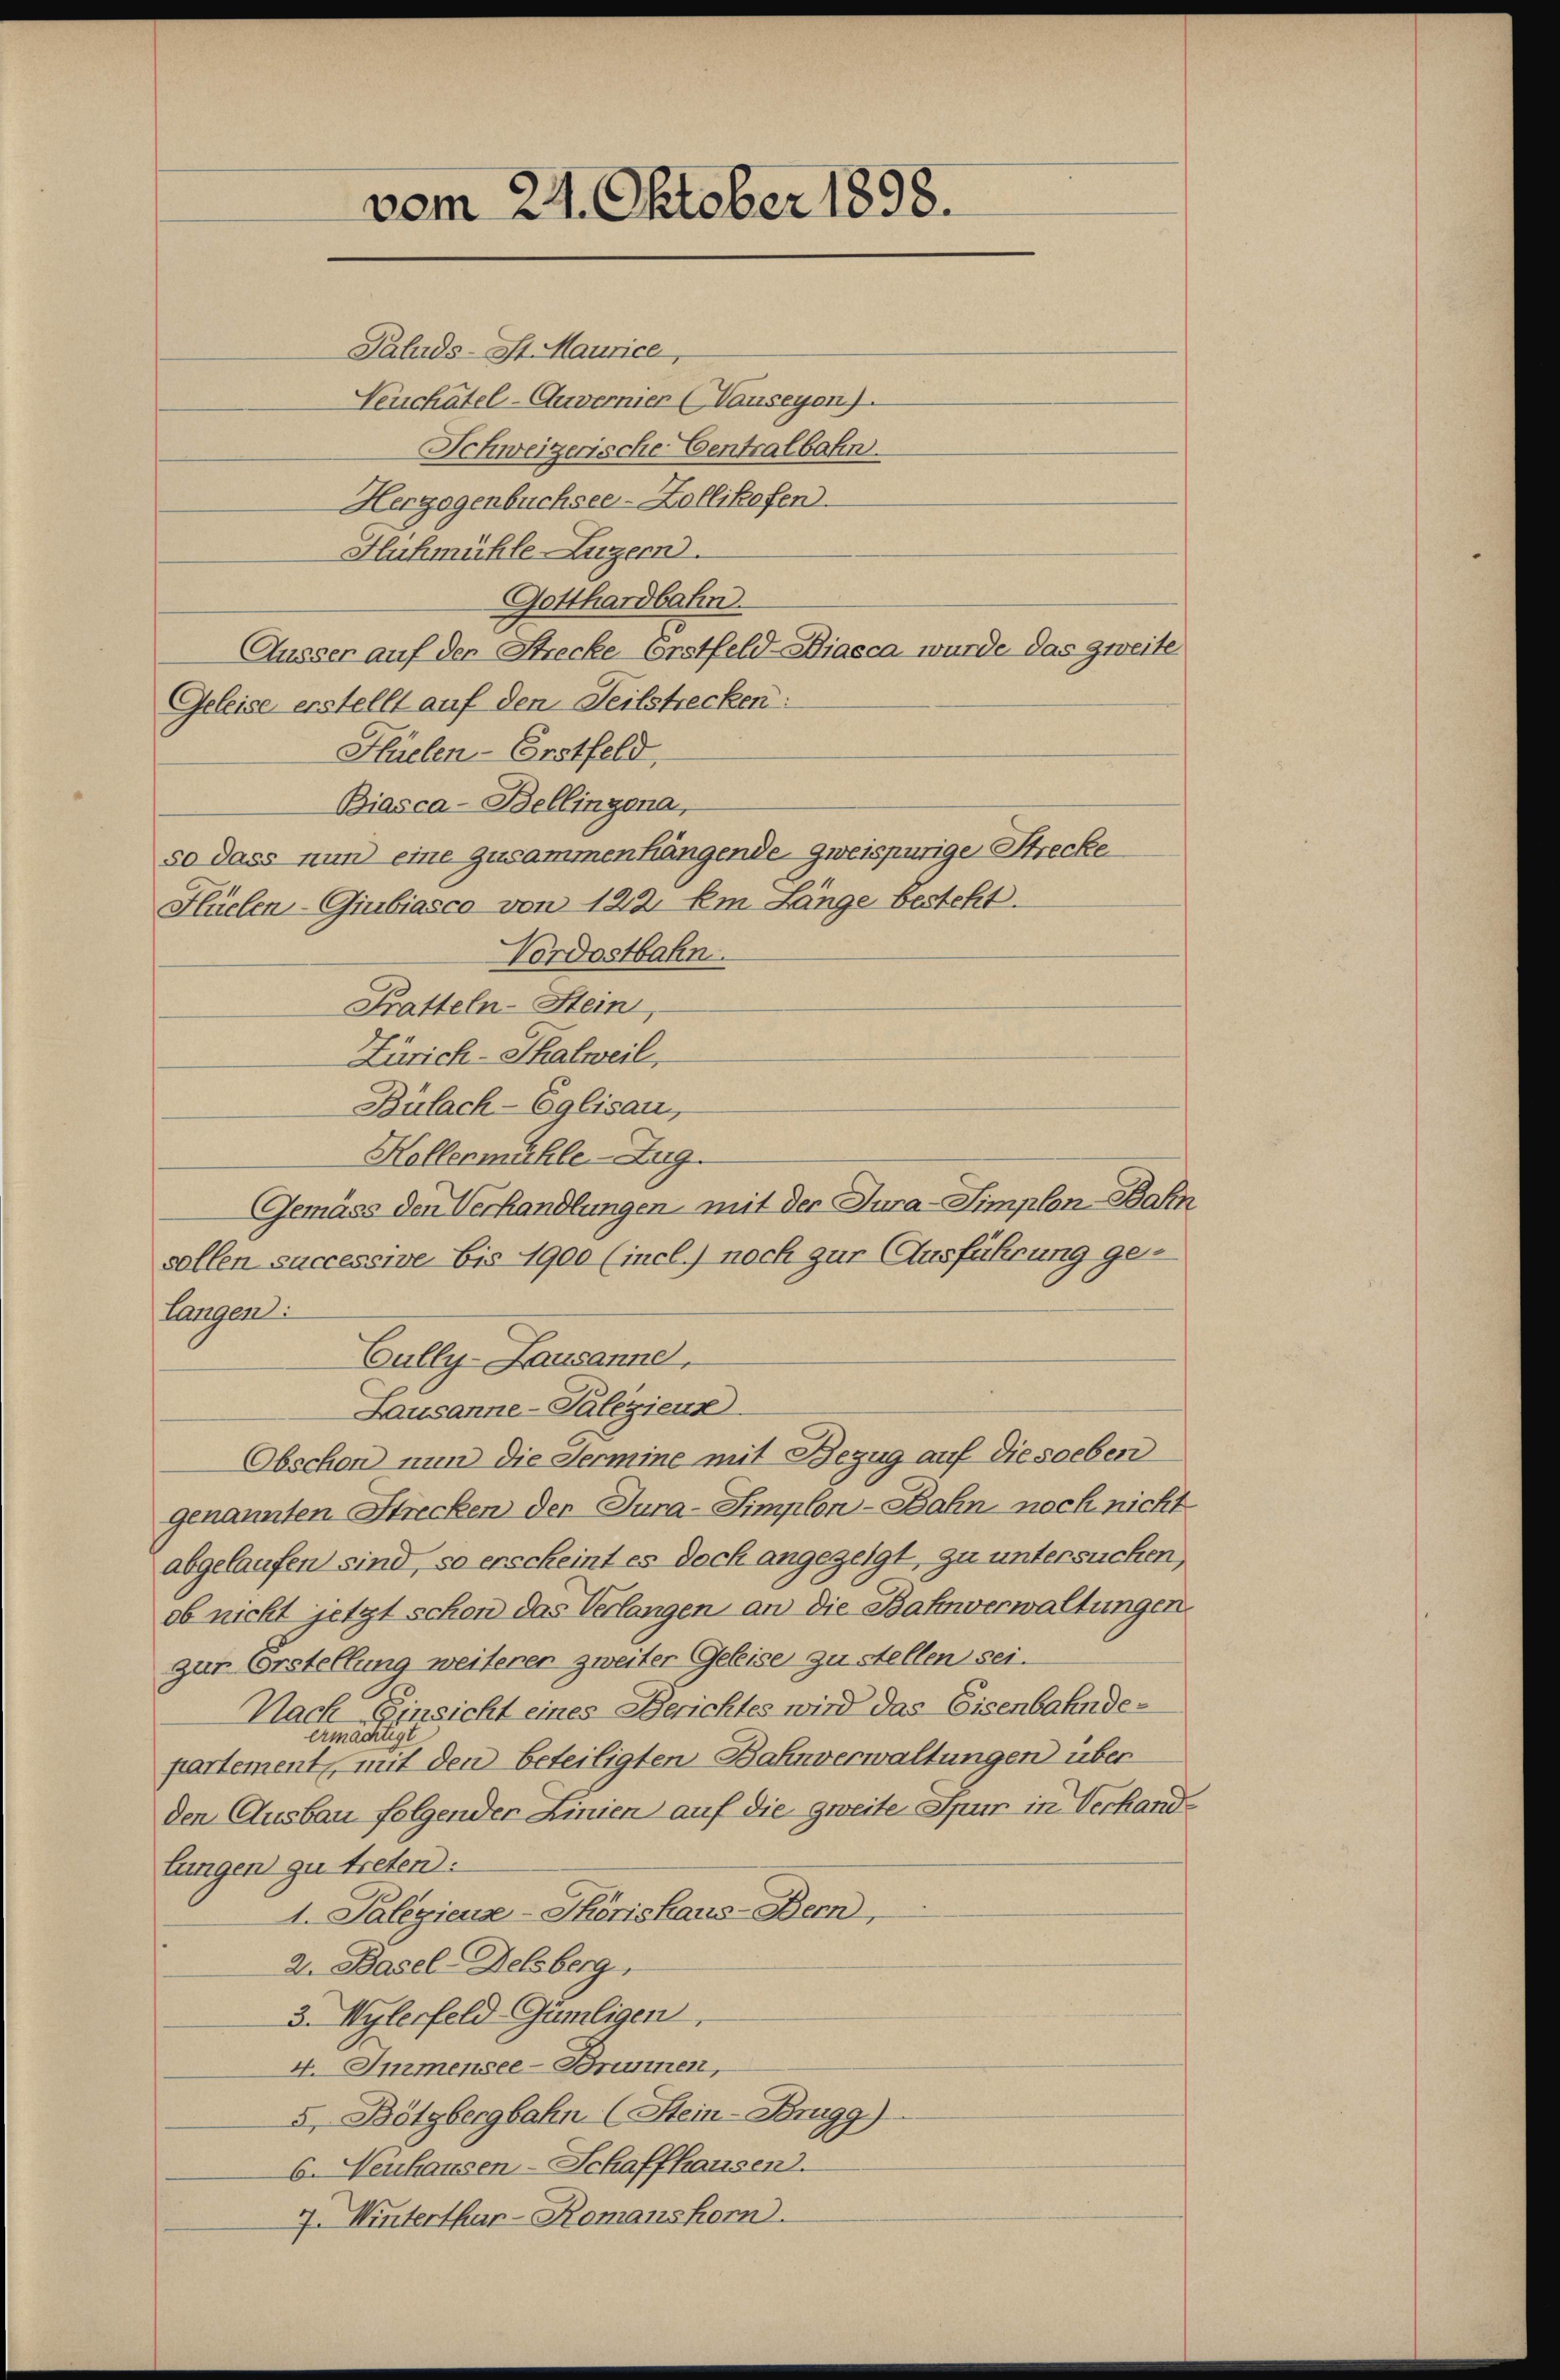
vom 24. Oktober 1898.
Galuds-St. Maurice,

Neuchâtel-Auvernier (Vauseyon).
Schweizerische Centralbahn.
Herzogenbuchsee-Zollikofen.
Flichmühle-Luzern.
Gotthardbahn
Äusser auf den Strecke Erstfeld-Diacca wurde das zweite
Geleise erstellt auf den Teilstrecken:
Hüelen-Erstfeld,
Biasca-Bellinzona,
so dass nun eine zusammenhängende zweispurige Strecke
Flüelen-Giubiasco von 122. Em Länge besteht.
Vordostbahn.
Fratteln-Stein,
Zürich-Thalweil,
Bülach-Eglisau,
Hollermühle - Zug.
Gemäss den Verhandlungen, mit der Jura-Simplon-Bahn
sollen successive bis 1900 (incl.) noch zur Ausführung gen
langen:
Cully-Lausanne,
Lausanne-Paliziens
bschon nun die Fermine mit Bezug auf die soeben
genannten Strecken der Jura-Simplon-Bahn noch nicht
abgelaufen sind, so erscheint es doch angezeigt, zu untersuchen,
ob nicht jetzt schon das Verlangen an die Bahnverwaltungen.
zur Erstellung weiterer zweiter Geleise zu stellen sei.
Nach Einsicht eines Berichtes wird das Eisenbahndeermächtigt
partement mit den beteiligten Bahnverwaltungen über
den Ausbau folgender Linien auf die zweite Spur in Verhandlungen zu treten:
1. Paligieus - Thörishaus-Bern,
2. Basel-Delsberg,
3. Wylerfeld- Gümligen
4. Immensee-Bnumen,
5 Bötzbergbahn (Stein-Brugg)
6. Neuhausen-Schaffhausen.
7. Winterthur-Komanshorn.